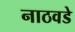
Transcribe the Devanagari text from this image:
नाठवडे